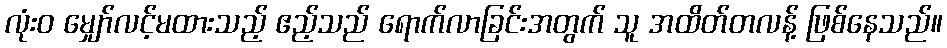
လုံးဝ မျှော်လင့်မထားသည့် ဧည့်သည် ရောက်လာခြင်းအတွက် သူ အထိတ်တလန့် ဖြစ်နေသည်။